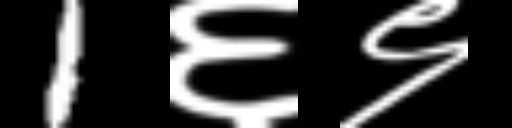
Text: 1६९